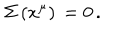
LaTeX: \Sigma \, ( x ^ { \mu } ) \, = 0 \, .